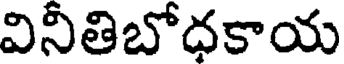
వినీతిబోధకాయ